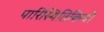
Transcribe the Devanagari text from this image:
पारिस्थितिकियों